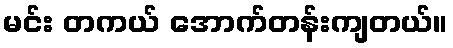
မင်း တကယ် အောက်တန်းကျတယ်။